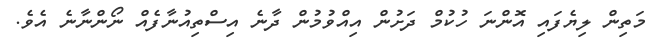
މަތިން ލިޔެފައި އޮންނަ ހުކުމް ދަށުން އިއްވުމުން ދާނެ އިސްތިއުނާފެއް ނޯންނާނެ އެވެ.